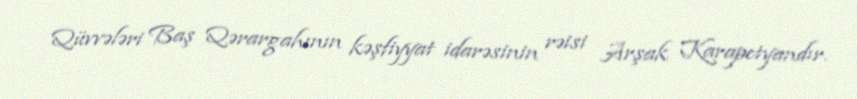
Qüvvələri Baş Qərargahının kəşfiyyat idarəsinin rəisi Arşak Karapetyandır.